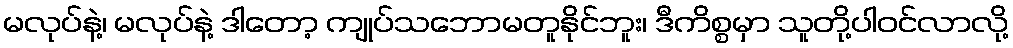
မလုပ်နဲ့၊ မလုပ်နဲ့ ဒါတော့ ကျုပ်သဘောမတူနိုင်ဘူး၊ ဒီကိစ္စမှာ သူတို့ပါဝင်လာလို့